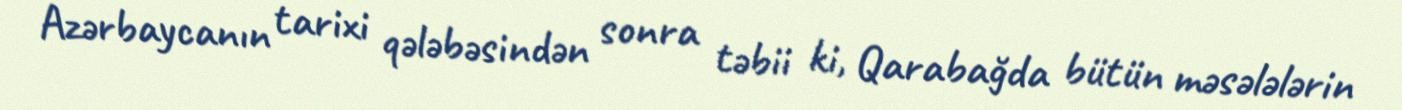
Azərbaycanın tarixi qələbəsindən sonra təbii ki, Qarabağda bütün məsələlərin